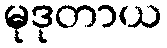
မုဒုတာယ